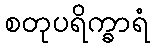
စတုပရိက္ခာရံ